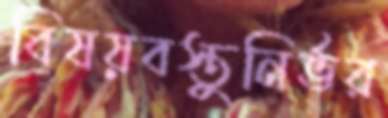
বিষয়বস্তুনির্ভর